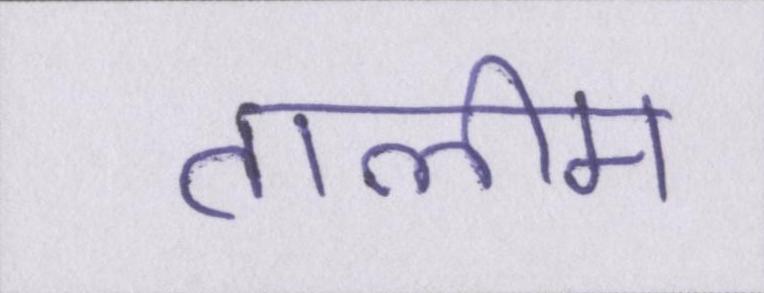
तालीम